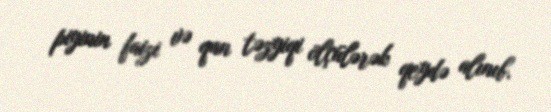
piyinin faizi və qan təzyiqi ölçülərək qeydə alınıb.